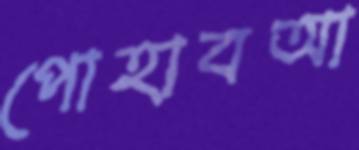
পোহাবআ